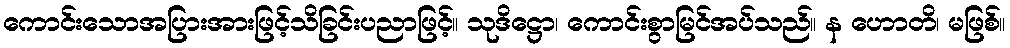
ကောင်းသောအပြားအားဖြင့်သိခြင်းပညာဖြင့်။ သုဒိဋ္ဌော၊ ကောင်းစွာမြင်အပ်သည်။ န ဟောတိ၊ မဖြစ်။